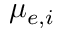
\mu _ { e , i }